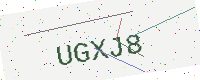
Text: UGXJ8